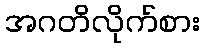
အဂတိလိုက်စား